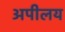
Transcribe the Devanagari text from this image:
अपीलय